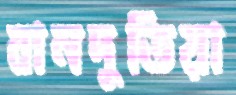
বানদুতিয়া